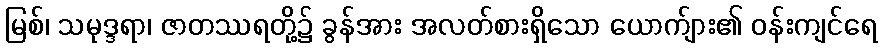
မြစ်၊ သမုဒ္ဒရာ၊ ဇာတဿရတို့၌ ခွန်အား အလတ်စားရှိသော ယောက်ျား၏ ဝန်းကျင်ရေ